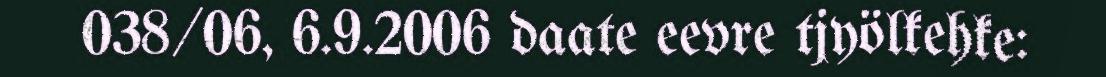
038/06, 6.9.2006 daate eevre tjyölkehke: